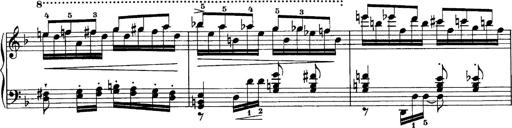
Title: Sonatina No.6
Composer: Ferruccio Busoni